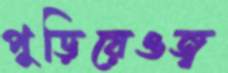
পুড়িয়েওজ্ব